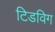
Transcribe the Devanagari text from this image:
टिडविग